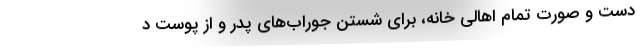
دست‌‌ و صورت تمام اهالی خانه، برای شستن جوراب‌های پدر و از پوست د